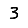
Digit: 3